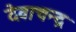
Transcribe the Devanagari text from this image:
देवाचन्द्र